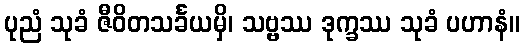
ပုညံ သုခံ ဇီဝိတသင်္ခယမှိ၊ သဗ္ဗဿ ဒုက္ခဿ သုခံ ပဟာနံ။